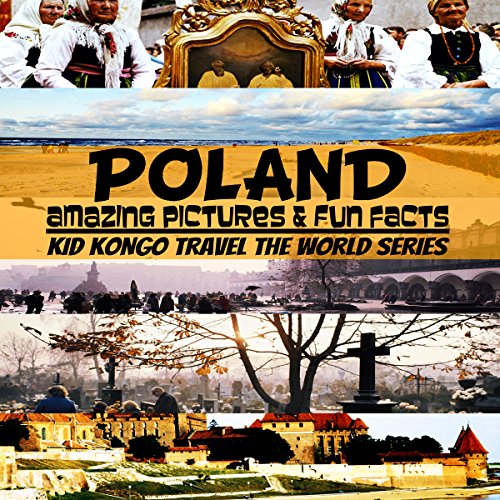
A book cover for Poland: Travel The World Series, Volume 7; Kid Kongo; Travel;